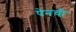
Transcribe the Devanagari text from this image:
पेनची